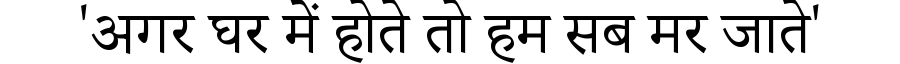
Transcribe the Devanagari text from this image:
'अगर घर में होते तो हम सब मर जाते'